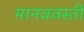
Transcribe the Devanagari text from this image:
मानववस्ती